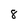
Character: 8